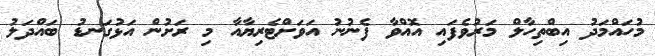
މުހައްމަދު އިބްތިހާލް މަރުވެފައި އޮއްވާ ފެނުނު އަވަށްޓެރިޔާއާ މި ރަށުން އަޅުގަނޑު ބައްދަލު